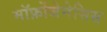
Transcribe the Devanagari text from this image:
मॉर्फ़ोजेनेसिस